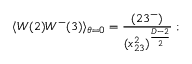
\langle W ( 2 ) W ^ { - } ( 3 ) \rangle _ { \theta = 0 } = \frac { ( 2 3 ^ { - } ) } { ( x _ { 2 3 } ^ { 2 } ) ^ { \frac { D - 2 } { 2 } } } \; ; \nonumber